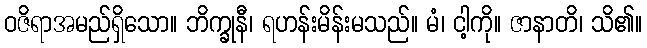
ဝဇိရာအမည်ရှိသော။ ဘိက္ခုနီ၊ ရဟန်းမိန်းမသည်။ မံ၊ ငါ့ကို။ ဇာနာတိ၊ သိ၏။